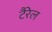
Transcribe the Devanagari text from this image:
टैरेल